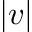
\left| v \right|